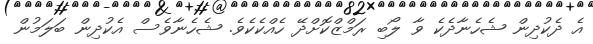
އެ ދެކުދިން ޝެހެނާދެކެ ވާ ލޯބި ރަމްޒްކޮށްދޭ ހެއްކެކެވެ. ޝެހެނާވެސް އެކުދިން ބަލަމުން